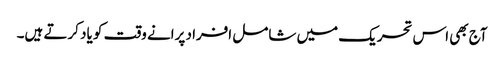
آج بھی اس تحریک میں شامل افراد پرانے وقت کو یاد کرتے ہیں۔